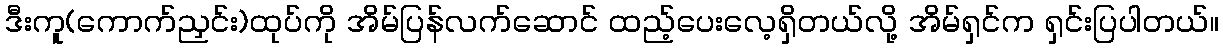
ဒီးကူ(ကောက်ညှင်း)ထုပ်ကို အိမ်ပြန်လက်ဆောင် ထည့်ပေးလေ့ရှိတယ်လို့ အိမ်ရှင်က ရှင်းပြပါတယ်။